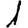
Digit: 1